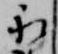
永